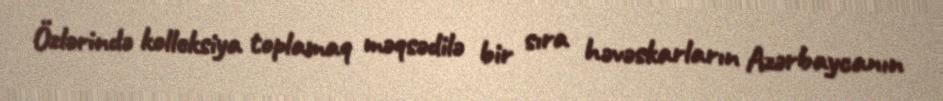
Özlərində kolleksiya toplamaq məqsədilə bir sıra həvəskarların Azərbaycanın